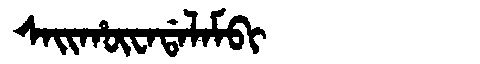
Manchu: ᠰᠠᡳᡥᡡᠸᠠᡩᠠᠯᠠᠮᠪᡳ
Romanization: SAIHŪWADALAMBI